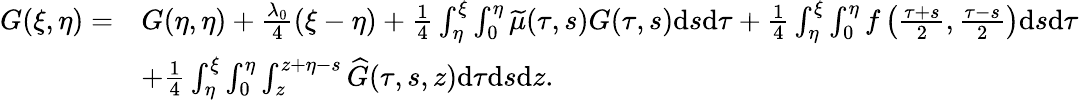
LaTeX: \begin{array}{rl}{G(\xi,\eta)=}&{G(\eta,\eta)+{\frac{\lambda_{0}}{4}}(\xi-\eta)+{{\frac{{1}}{4}}\int_{\eta}^{\xi}\int_{0}^{\eta}\widetilde{\mu}(\tau,s)G(\tau,s)\mathrm{d}s\mathrm{d}\tau}+\frac{1}{4}\int_{\eta}^{\xi}\int_{0}^{\eta}f\left(\frac{\tau+s}{2},\frac{\tau-s}{2}\right)\mathrm{d}s\mathrm{d}\tau}\\ &{+\frac{1}{4}\int_{\eta}^{\xi}\int_{0}^{\eta}\int_{z}^{z+\eta-s}\widehat{G}(\tau,s,z)\mathrm{d}\tau\mathrm{d}s\mathrm{d}z.}\end{array}